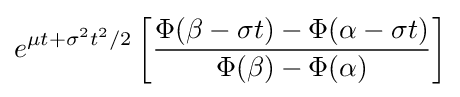
e^{\mu t+\sigma ^{2}t^{2}/2}\left[{\frac {\Phi (\beta -\sigma t)-\Phi (\alpha -\sigma t)}{\Phi (\beta )-\Phi (\alpha )}}\right]